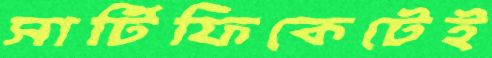
সার্টিফিকেটেই